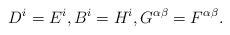
LaTeX: \begin{align*} D^{i} = E^{i}, B^{i} = H^{i}, G^{\alpha \beta} = F^{\alpha \beta}.\end{align*}